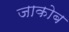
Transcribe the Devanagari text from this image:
जाकोब